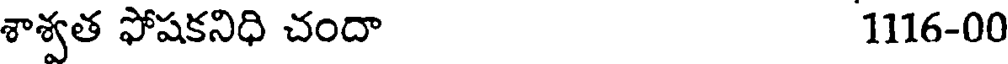
శాశ్వత ఫోషకనిధి చందా 1116-00